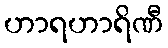
ဟာရဟာရိဏီ